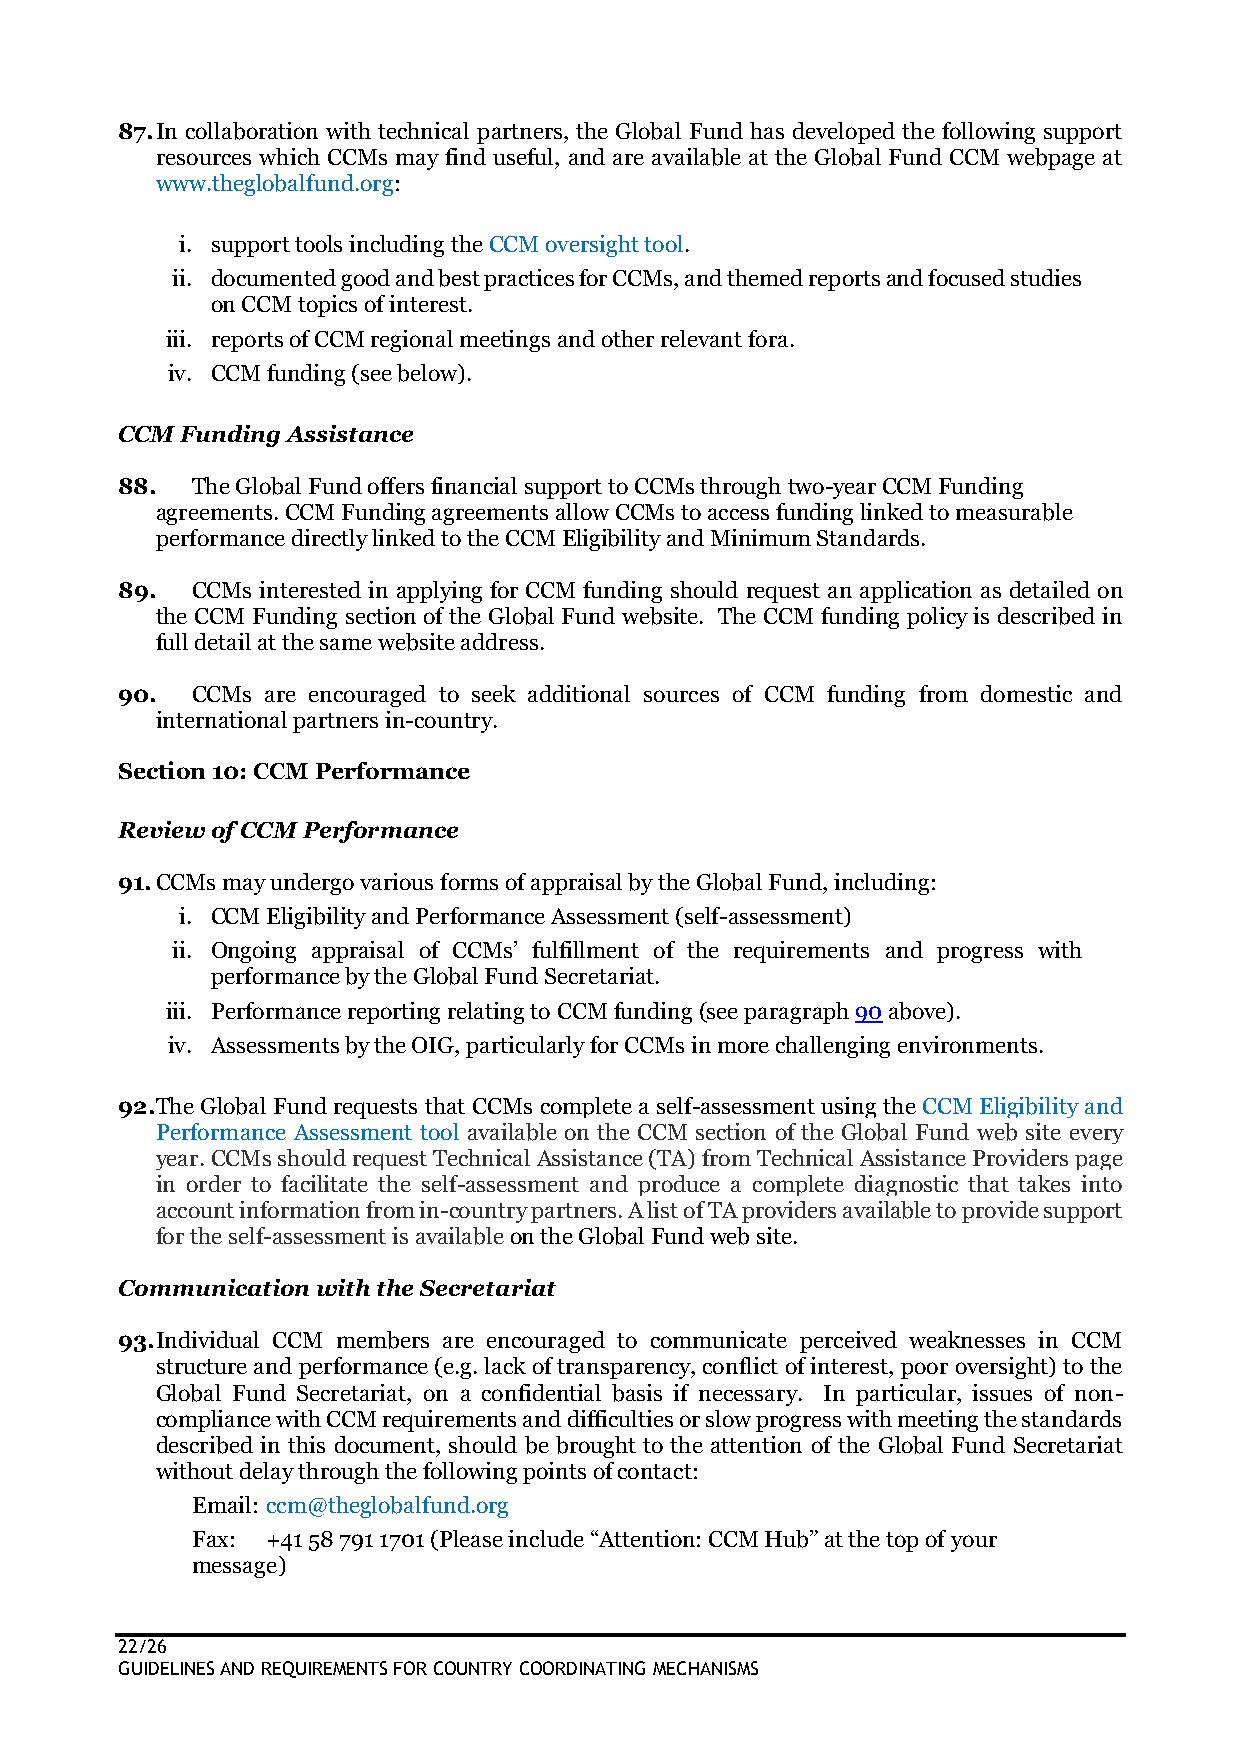
87. In collaboration with technical partners, the Global Fund has developed the following support
 resources which CCMs may find useful, and are available at the Global Fund CCM webpage at
 www.theglobalfund.org:
 i. support tools including the CCM oversight tool.
 ii. documented good and best practices for CCMs, and themed reports and focused studies
 on CCM topics of interest.
 iii. reports of CCM regional meetings and other relevant fora.
 iv. CCM funding (see below).
 CCM Funding Assistance
 88.  The Global Fund offers financial support to CCMs through two-year CCM Funding
 agreements. CCM Funding agreements allow CCMs to access funding linked to measurable
 performance directly linked to the CCM Eligibility and Minimum Standards.
 89.  CCMs interested in applying for CCM funding should request an application as detailed on
 the CCM Funding section of the Global Fund website. The CCM funding policy is described in
 full detail at the same website address.
 90.  CCMs are encouraged to seek additional sources of CCM funding from domestic and
 international partners in-country.
 Section 10: CCM Performance
 Review of CCM Performance
 91. CCMs may undergo various forms of appraisal by the Global Fund, including:
 i. CCM Eligibility and Performance Assessment (self-assessment)
 ii. Ongoing appraisal of CCMs’ fulfillment of the requirements and progress with
 performance by the Global Fund Secretariat.
 iii. Performance reporting relating to CCM funding (see paragraph 90 above).
 iv. Assessments by the OIG, particularly for CCMs in more challenging environments.
 92. The Global Fund requests that CCMs complete a self-assessment using the CCM Eligibility and
 Performance Assessment tool available on the CCM section of the Global Fund web site every
 year. CCMs should request Technical Assistance (TA) from Technical Assistance Providers page
 in order to facilitate the self-assessment and produce a complete diagnostic that takes into
 account information from in-country partners. A list of TA providers available to provide support
 for the self-assessment is available on the Global Fund web site.
 Communication with the Secretariat
 93. Individual CCM members are encouraged to communicate perceived weaknesses in CCM
 structure and performance (e.g. lack of transparency, conflict of interest, poor oversight) to the
 Global Fund Secretariat, on a confidential basis if necessary. In particular, issues of non-
 compliance with CCM requirements and difficulties or slow progress with meeting the standards
 described in this document, should be brought to the attention of the Global Fund Secretariat
 without delay through the following points of contact:
 Email: ccm@theglobalfund.org
 Fax: +41 58 791 1701 (Please include “Attention: CCM Hub” at the top of your
 message)
 22/26
 GUIDELINES AND REQUIREMENTS FOR COUNTRY COORDINATING MECHANISMS